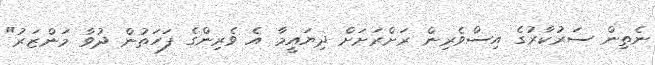
ނެތިން ސަރުކާރުގެ އިސްވެރިން ރަށްރަށަށް ދިޔައީމާ އެ ވެރިންގެ ފަހަތުން ދުވާ މަންޒަރު"